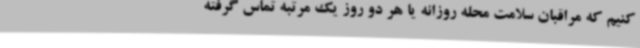
کنیم که مراقبان سلامت محله روزانه یا هر دو روز یک مرتبه تماس گرفته